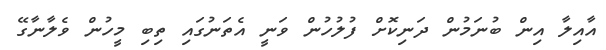
އާއިލާ އިން ބުނަމުން ދަނިކޮށް ފުލުހުން ވަނީ އެތަނުގައި ތިބި މީހުން ވެލާނާގޭ